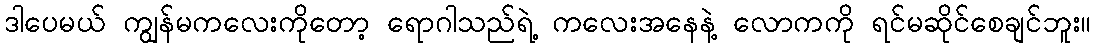
ဒါပေမယ် ကျွန်မကလေးကိုတော့ ရောဂါသည်ရဲ့ ကလေးအနေနဲ့ လောကကို ရင်မဆိုင်စေချင်ဘူး။